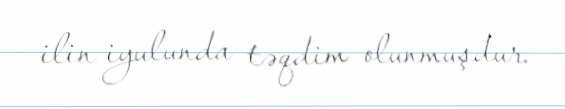
ilin iyulunda təqdim olunmuşdur.